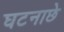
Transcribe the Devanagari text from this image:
घटनाछे